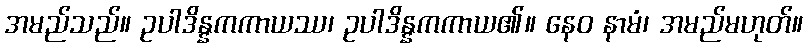
အမည်သည်။ ဥပါဒိန္နကကာယဿ၊ ဥပါဒိန္နကကာယ၏။ နေဝ နာမံ၊ အမည်မဟုတ်။